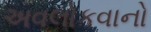
અવલોકવાનો